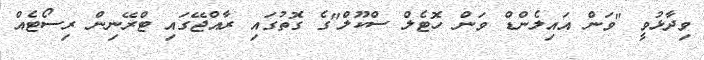
ވިދާޅުވީ "ވަން އައިލެންޑް ވަން ހޮޓެލް ސްކޫލް"ގެ ގޮތުގައި ރާއްޖޭގައި ޓްރޭނިން ރިސޯޓެއް